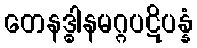
တေနဒ္ဓါနမဂ္ဂပဋိပန္နံ